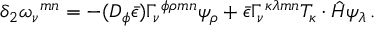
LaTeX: \delta _ { 2 } \omega _ { \nu } { } ^ { m n } = - ( D _ { \phi } \bar { \epsilon } ) \Gamma _ { \nu } { } ^ { \phi \rho m n } \psi _ { \rho } + \bar { \epsilon } \Gamma _ { \nu } { } ^ { \kappa \lambda m n } { \cal T } _ { \kappa } \cdot \hat { H } \psi _ { \lambda } \, .